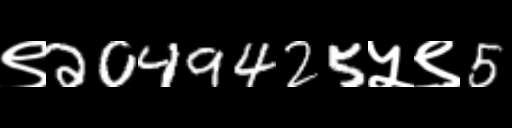
Text: ९2049425५९5